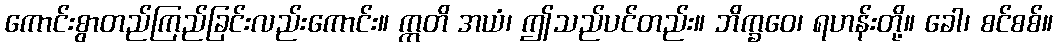
ကောင်းစွာတည်ကြည်ခြင်းလည်းကောင်း။ ဣတိ အယံ၊ ဤသည်ပင်တည်း။ ဘိက္ခဝေ၊ ရဟန်းတို့။ ခေါ၊ စင်စစ်။